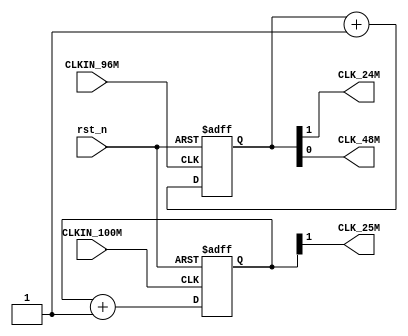
module ClkCtrl(
    input rst_n,
    input CLKIN_100M,
    input CLKIN_96M,
    
    output CLK_25M,
    output CLK_24M,
    output CLK_48M
);

/*
    cameraClkGen clkgen(
        .CLKIN_100MHz(CLKIN_100MHz),      // IN
        .CLK_25174kHz(CLK_25174kHz),     // OUT
        .CLK_80MHz(CLK_80MHz),     // OUT
        .RESET(!rst_n),// IN
        .LOCKED(clks_valid)
    );      // OUT
*/
    
    reg [1:0] cnt100;
    always @(posedge CLKIN_100M or negedge rst_n) begin
        if (!rst_n) cnt100[1:0] <= 2'h0;
        else cnt100[1:0] <= cnt100[1:0] + 1'b1;
    end
    reg [1:0] cnt96;
    always @(posedge CLKIN_96M or negedge rst_n) begin
        if (!rst_n) cnt96[1:0] <= 2'h0;
        else cnt96[1:0] <= cnt96[1:0] + 1'b1;
    end

    assign CLK_25M = cnt100[1];
    assign CLK_24M = cnt96[1];
    assign CLK_48M = cnt96[0];
    
    

endmodule